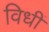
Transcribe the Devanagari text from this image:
विधीं